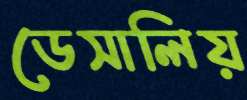
ডেসালিয়